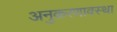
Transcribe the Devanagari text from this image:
अनुकरणावस्था